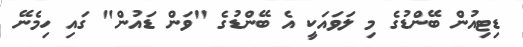
ޑިޓިއުން ބޭންޑުގެ މި ލަވައަކީ އެ ބޭންޑުގެ "ވަން ޑައުން" ގައި ހިމެނޭ